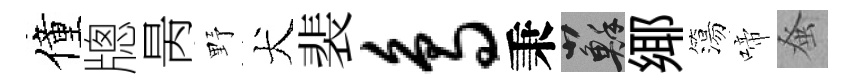
僮牕昺野犬裴鸟秉蘇鄊簜啼𫊫